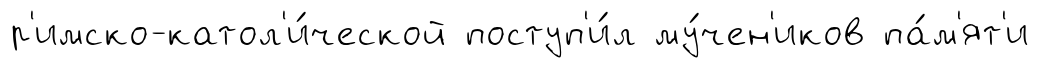
р'имско-катол'и́ческой поступ'и́л му́чен'иков па́м'ят'и